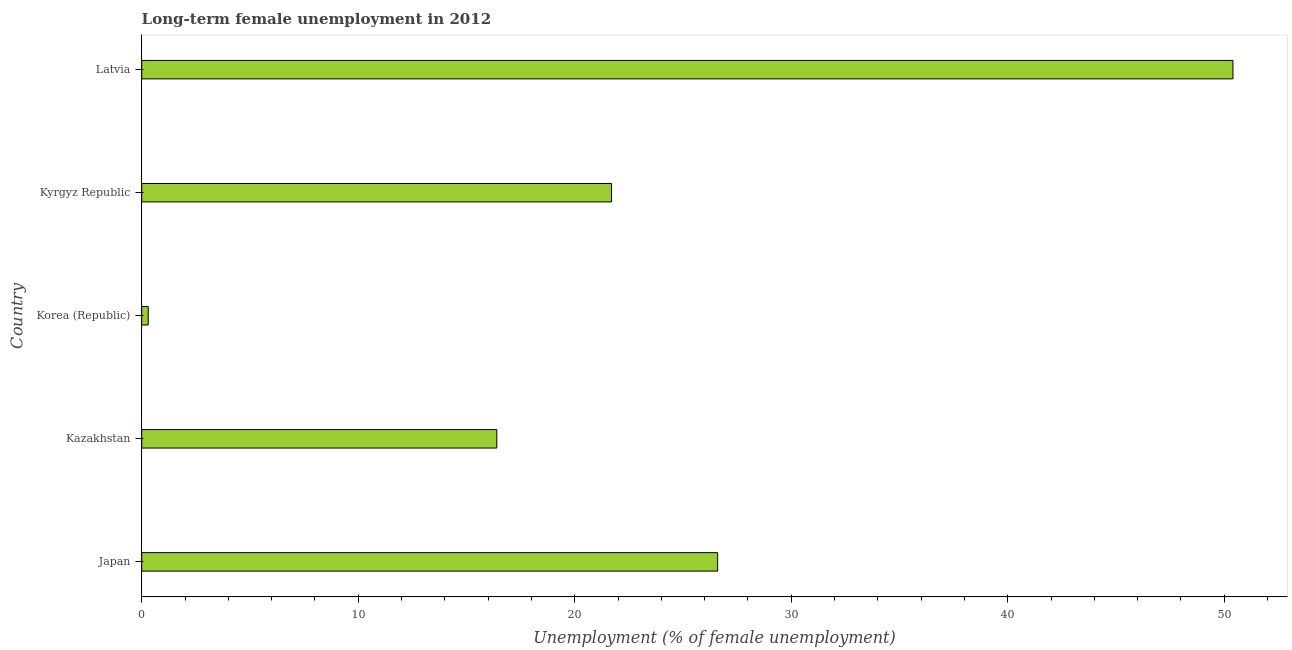
| Country | Long-term unemployment female |
 | --- | --- |
 | Japan | 26.6 |
 | Kazakhstan | 16.4 |
 | Korea (Republic) | 0.3 |
 | Kyrgyz Republic | 21.7 |
 | Latvia | 50.4 |